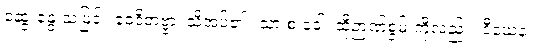
ဆွေးနွေးသဖြင့်။ ဝေဒိတဗ္ဗာ၊ သိအပ်၏။ သာ စ ခေါ၊ ထိုဉာဏ်စွမ်းကိုလည်း။ ဒီဃေန၊